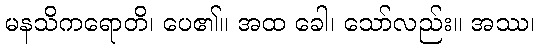
မနသိကရောတိ၊ ပေ၏။ အထ ခေါ၊ သော်လည်း။ အဿ၊